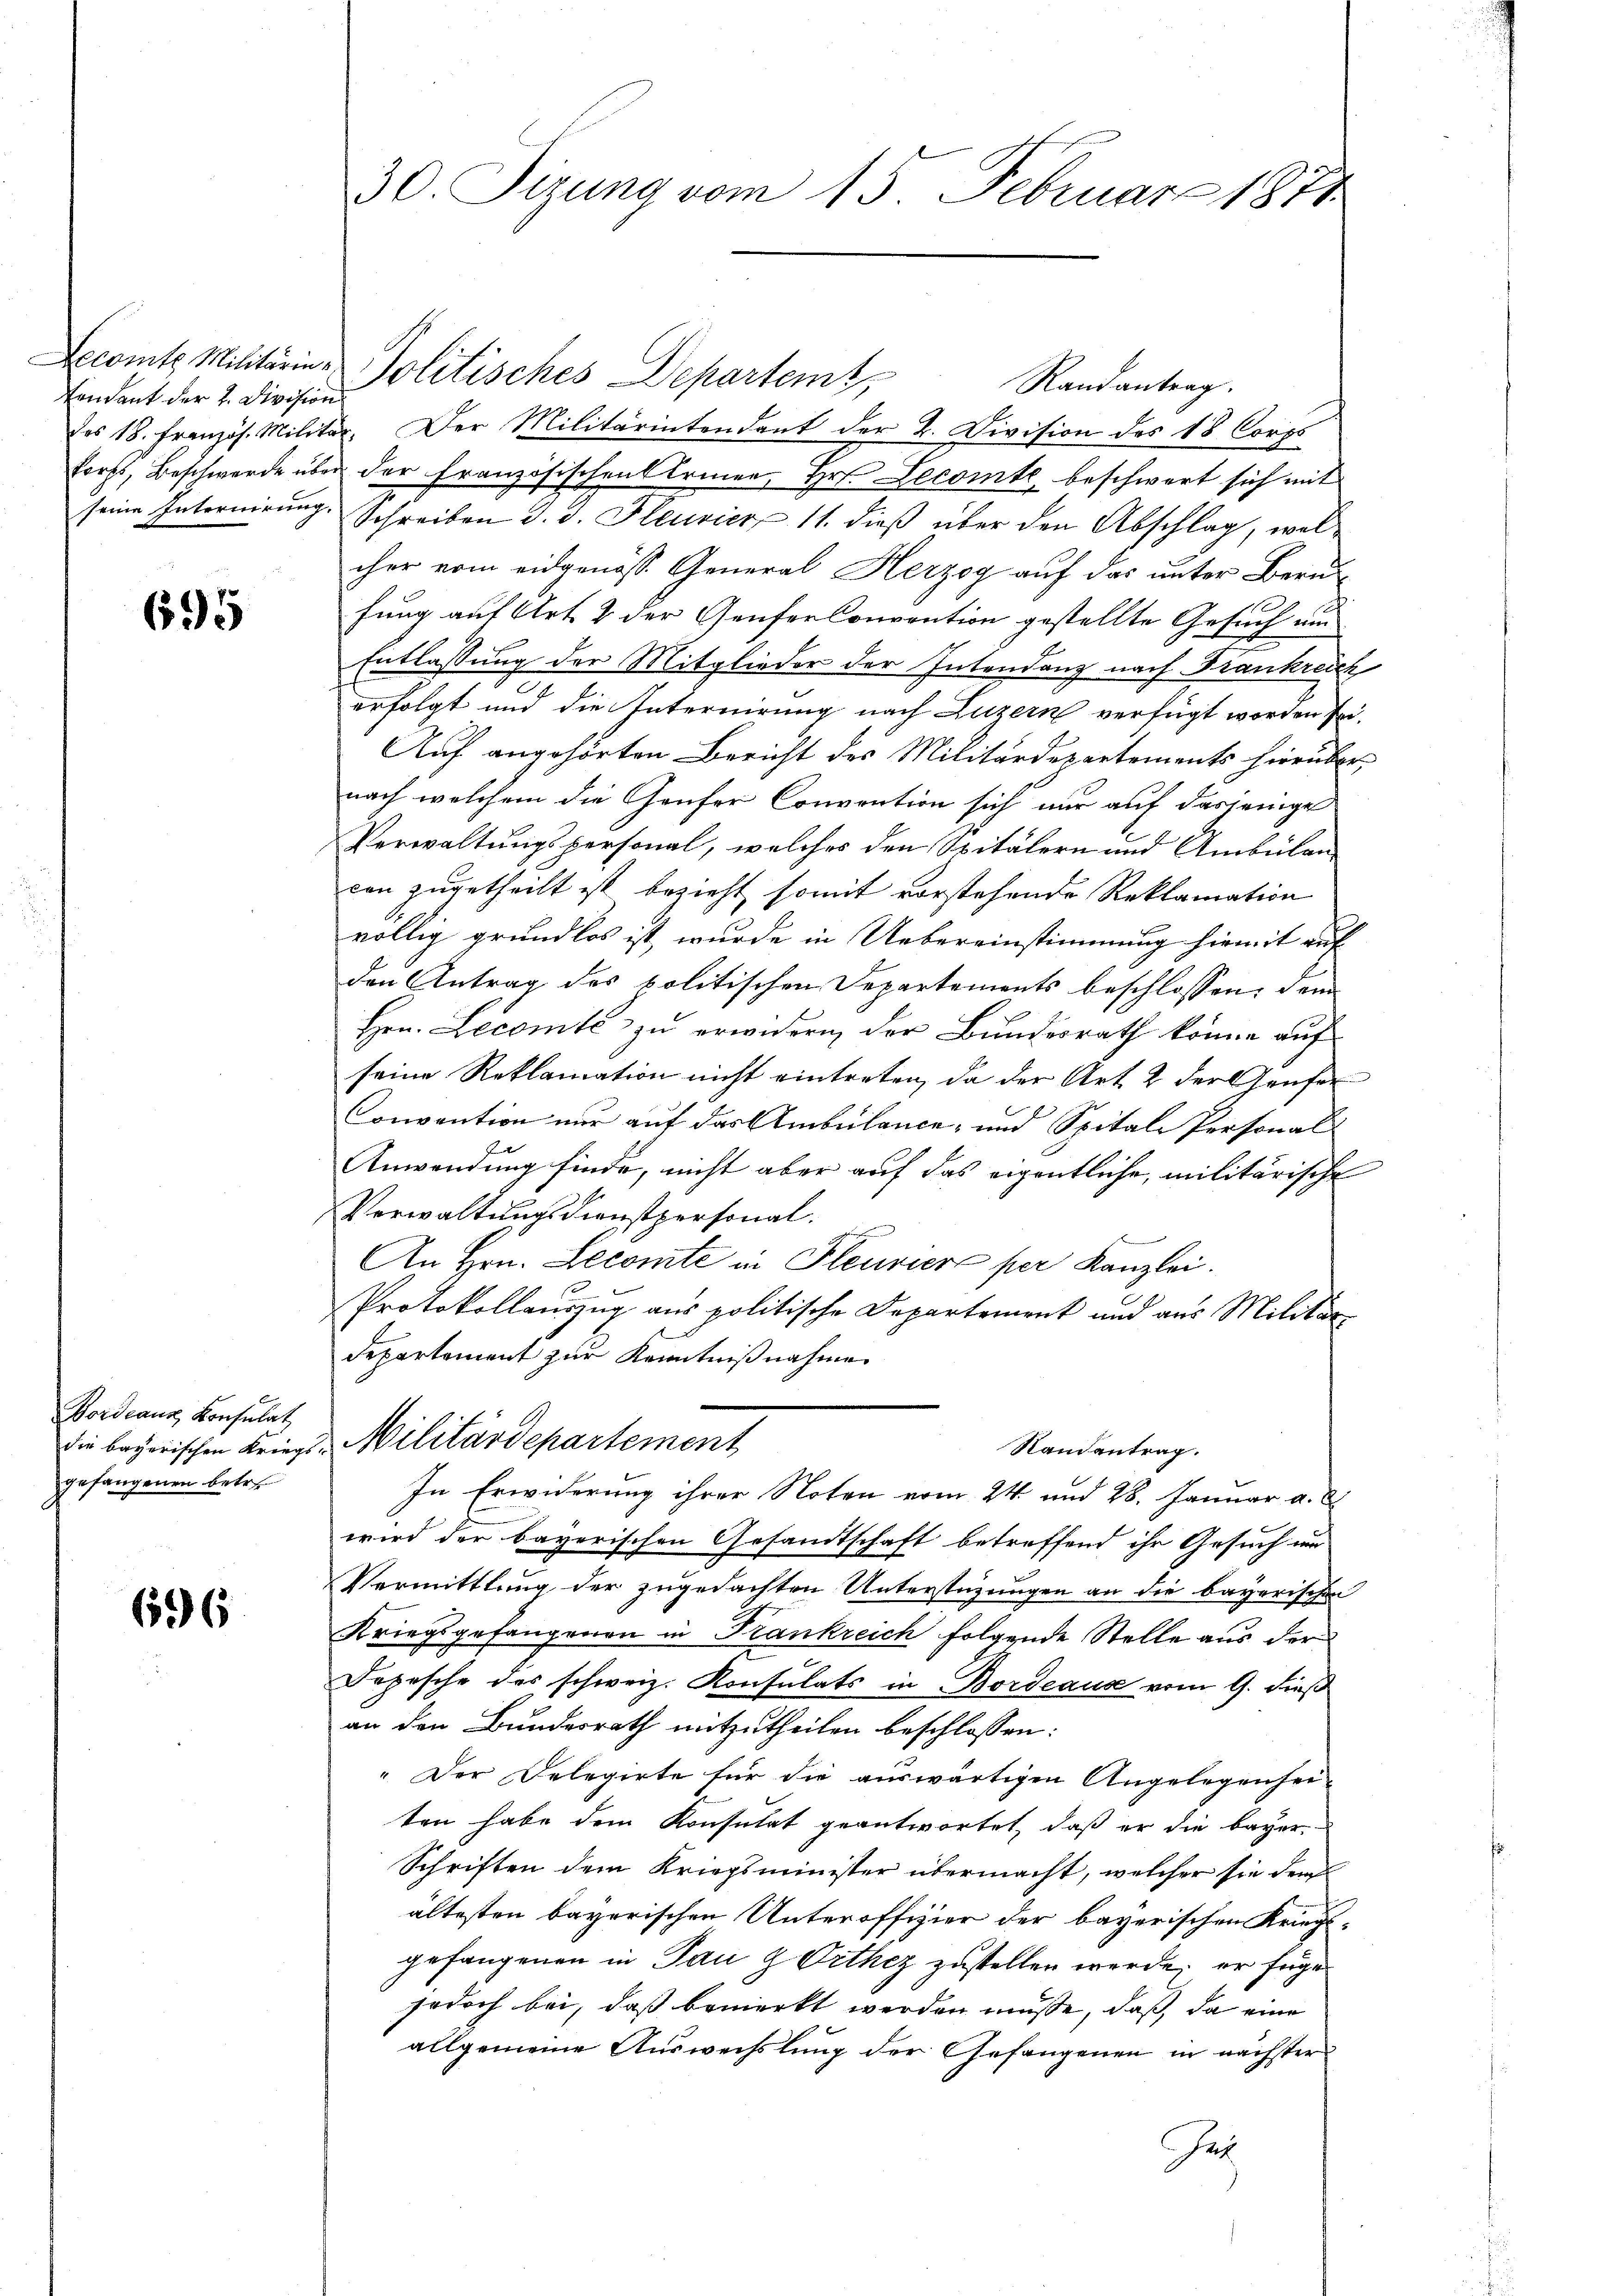
endant der 2. Divisions

695

Bordeaus Konsulat
gefangenen betre

6526

30. Sizung vom 15. Februar 1871

Ecomte Militärins Politisches Departem
es 18. Französ. Militar. Der Militärintendant der 2. Division des 18 Corps
forst, Beschwerde über der Französischen Armen, Hr. Lecomt, beschwert sich mit
seine Internirung. Schreiben d. J. Bleuvier 11. dieß über den Abschlag, welcher vom eidgenösse General Herzog auf das unter Berufung auf Art. 2 der Genfer Convention gestellte Gesuch um
Entlassung der Mitglieder der Intendenz nach Frankreich
erfolgt und die Internirung nach Luzern verfügt worden sei¬
Auf angehörten Bericht des Militärdepartements hierübernach welchem die Genfer Convention sich nur auf dasjenige
Verwaltungspersonal, welches den Spitälern und Ambülan
con zugetheilt ist bezieht somit vorstehende Reklamation
völlig grundlos ist, wurde in Uebereinstimmung hiemit auf
den Antrag des politischen Departements beschlossen, dem
Hrn. Decomte zu erwidern, der Bundesrath könne auf
seine Reklamation nicht eintreten, da der Art. 2 der Genfer
Convention nur auf das Ambülance- und Spitale Personal-
Anwendung finde, nicht aber auf das eigentliche, militärische
Verwaltungsdienstpersonal.
An Hrn. Lecomte in Pleuvier per Kanzlei.
Protokollauszug aus politische Departement und aus Militär¬
Departement zur Kenntnißnahme
die bayerischen Kriegs-Militärdepartement
Randantrag.
In Erwiderung ihrer Noten vom 24. und 28. Januar a. d.
wird der bayerischen Gesandtschaft betreffend ihr Gesuch um
Vermittlung der zugedachten Unterstüzungen an die bayerischen
Kriegsgefangenen in Frankreich folgende Stelle aus der
Depesche des schweiz. Konsulats in Bordeaus vom 9. dieß
an den Bundesrath mitzutheilen beschlossen:
" Der Delegirte für die auswärtigen Angelegenheiten habe dem Konsulat geantwortet, daß er die bayer
Schriften dem Kriegsminister übermacht, welcher sie dem
ältesten bayerischen Unteroffizier der bayerischen Kriegsgefangenen in Pau & Orthez zustellen werde; er füge
jedoch bei, daß bemerkt werden müsse, daß, da eine
allgemeine Auswechslung der Gefangenen in nächster
Ge

Randantrag.